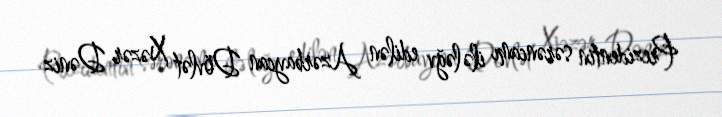
Prezidentin sərəncamı ilə ləğv edilən Azərbaycan Dövlət Xəzər Dəniz